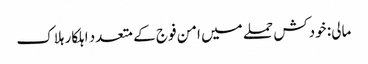
مالی: خودکش حملے میں امن فوج کے متعدد اہلکار ہلاک